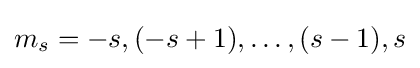
m_{s}=-s,(-s+1),\ldots ,(s-1),s